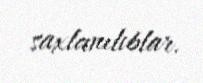
saxlanılıblar.